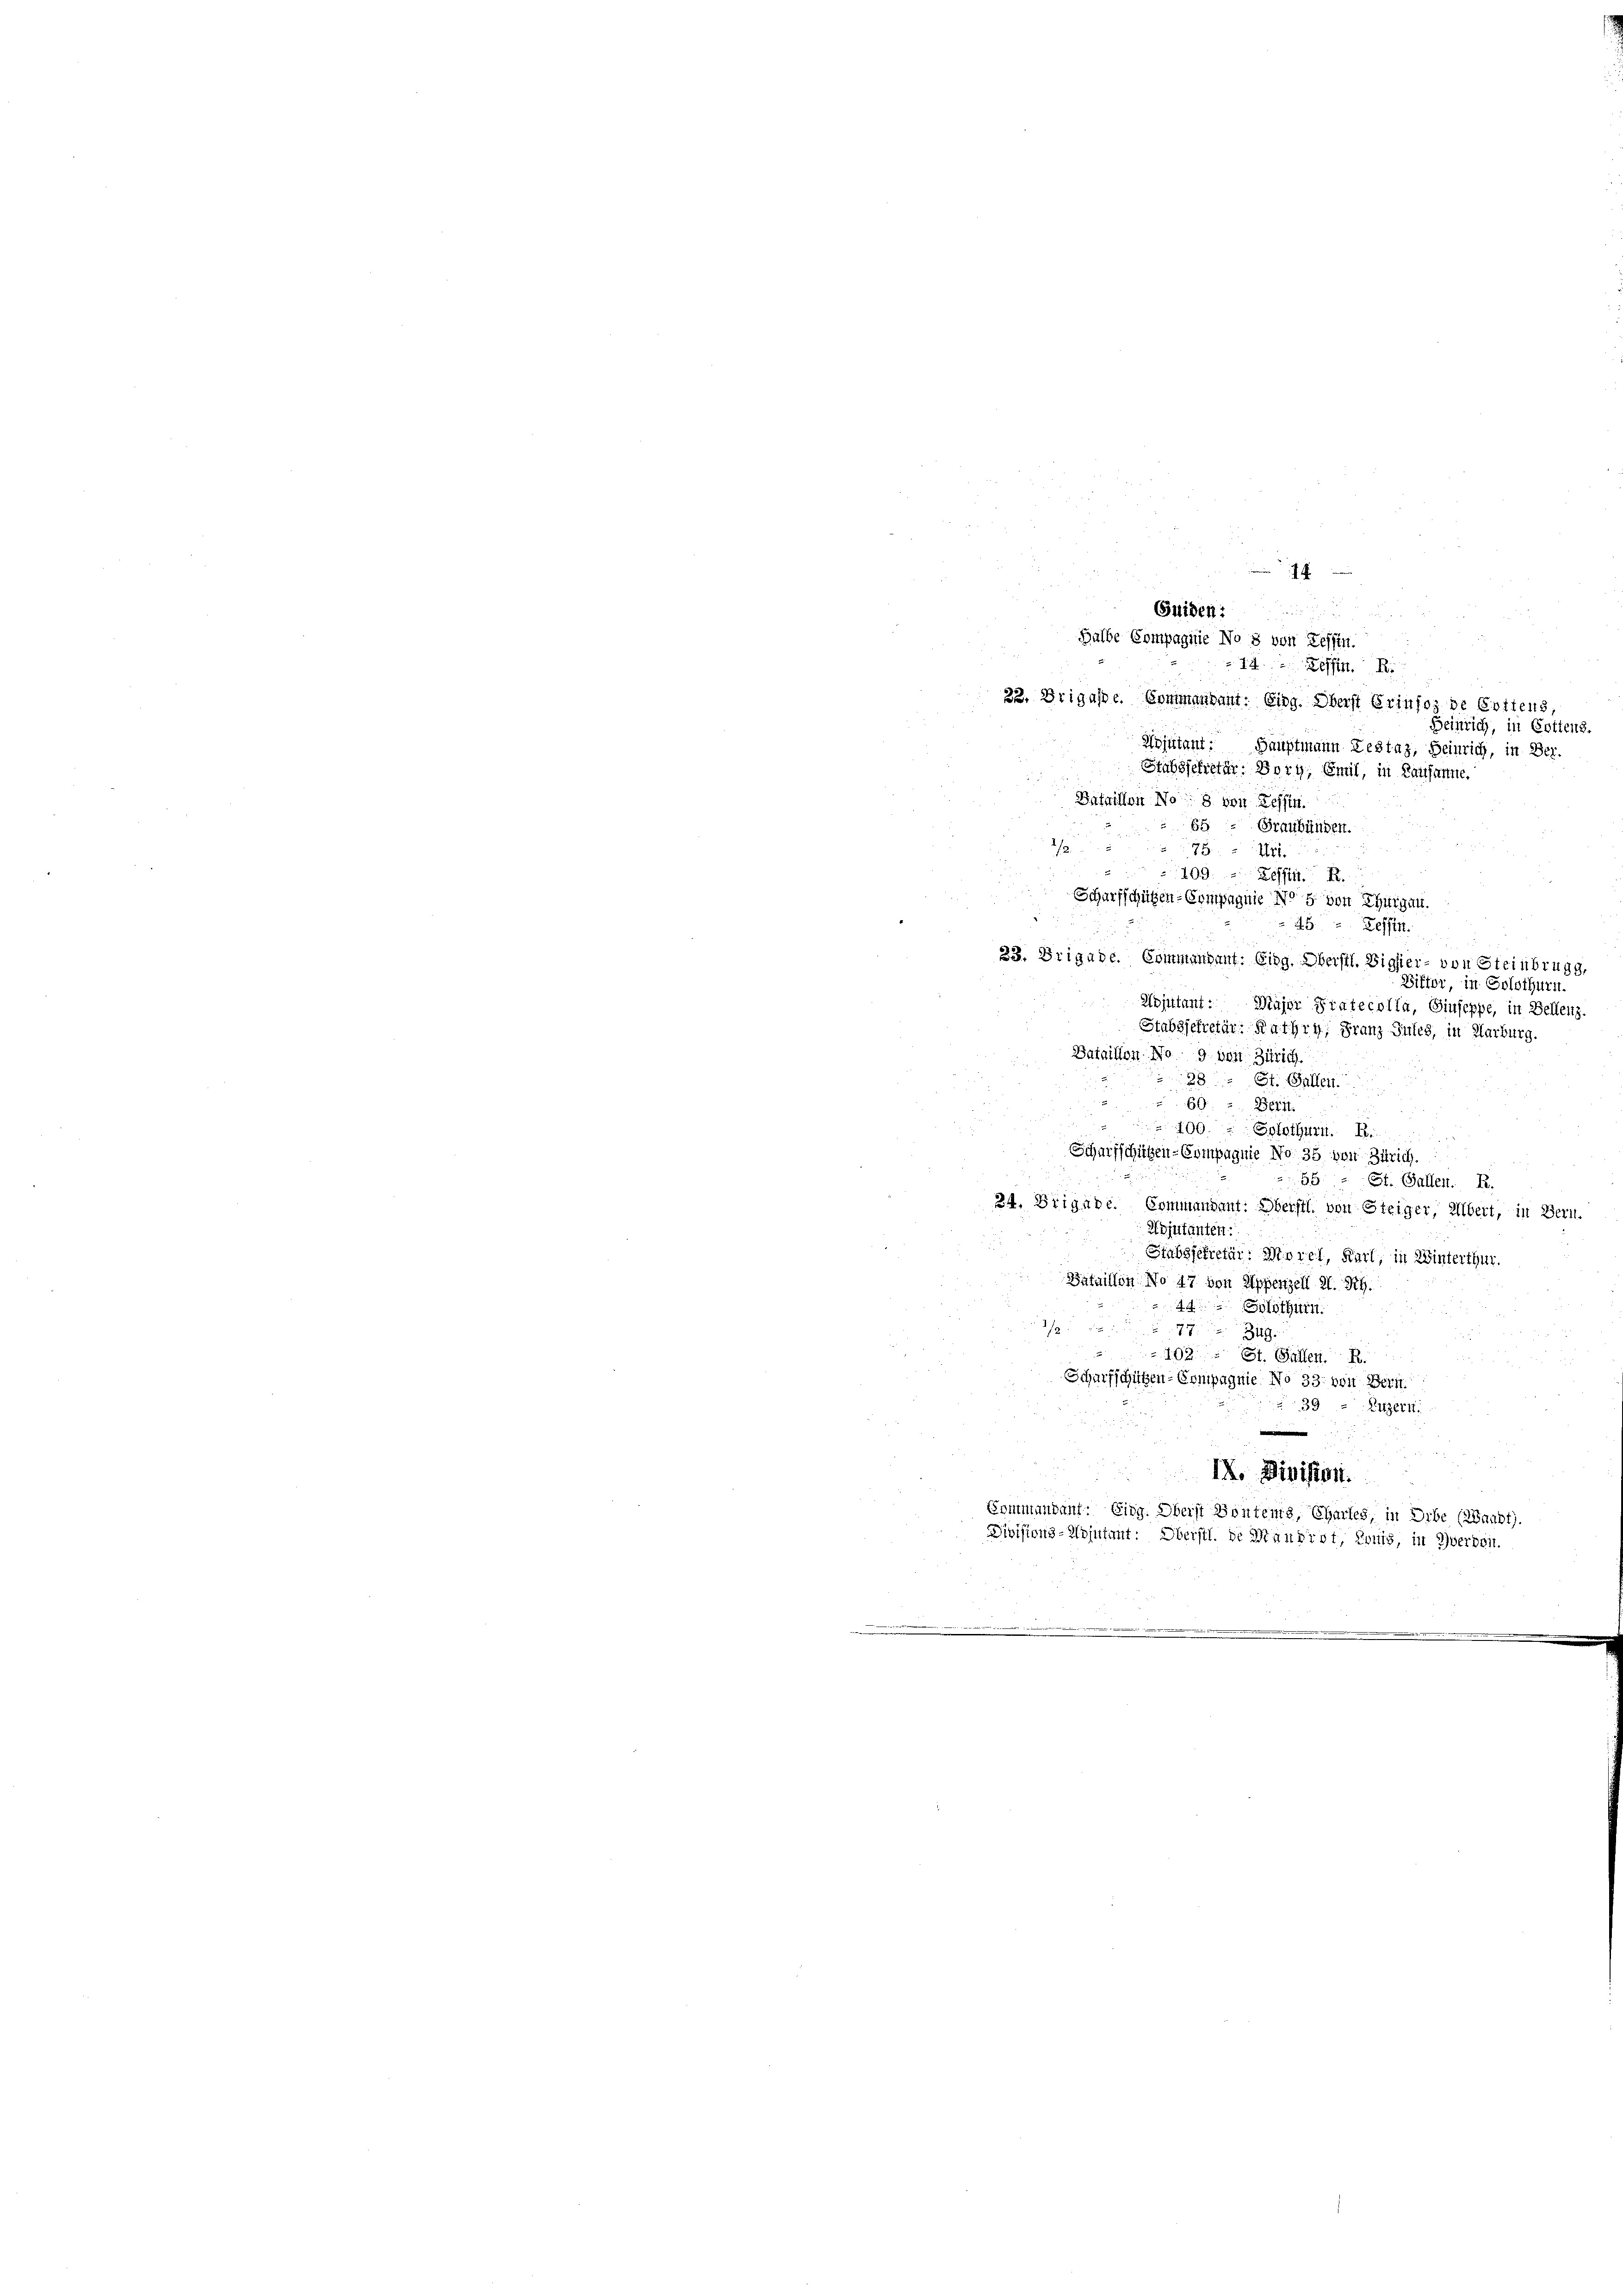
Gnideri
Halbe Compagnie No 5 von Tessin.

14. Tessin. R
22. Brigasse. Commandant: Eing. Oberst Erinforde Eritens,
Adjutant:
Hauptmann Restag, Heinrich, in Ber
Stabssekretär. Bory, Emil, in Lausanne.
Bataillon No. 8 von Zessin.
65 - Graubünden.
2
79
1157.
409. Les
Scharfschützen-Compagnie No 5 von Thurgau.
45 " Zessin.
23. Brigade. Commandant. Eidg. Oberstl. Bigler- von Steinbrugg,
Differ, in Solothurn.
Wojutant. Major Präfecolla, Giuseppe, in Bellenz.
Stabsjekretär: Kathry, Franz Sules, in Karburg.
Sataillon No 9 von Zürich.
28. St. Gallen.
69. 3. Beri
100. Solothurn. B.
Scharfschützen-Compagnie No. 35 von Zürich.
65. - St. Gallen. R.
24. Beigabe. Commandant: Oberstl. von Steiger, Übert, in Bern.
Adjutanten:
Stabsfekretär: Morel, Karl, in Winterthur.
Bataillon No 47 von Appenzell 2. Rh.
44. Solothurn.
Zug
102. St. Gallen. R.
Scharfschützen-Compagnie No 33. von Bern.
39 Luzern.
e
IX. Division.
Commandauf. Eidg. Oberst Sontems, Chartes, in Erbe (Waadt).
Divisions-Wojutant: Oberstl. de Mändigt, konig, in verbeit

Heinrich, in Cottens